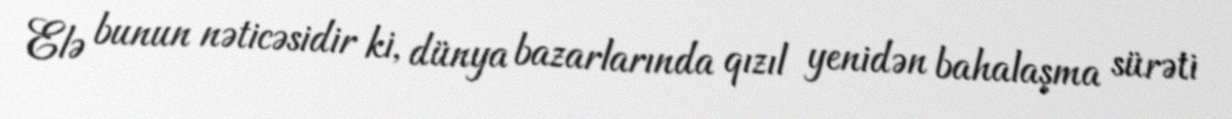
Elə bunun nəticəsidir ki, dünya bazarlarında qızıl yenidən bahalaşma sürəti